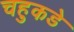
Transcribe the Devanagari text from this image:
चहुकडे